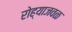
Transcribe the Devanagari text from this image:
रोह्याजवळ